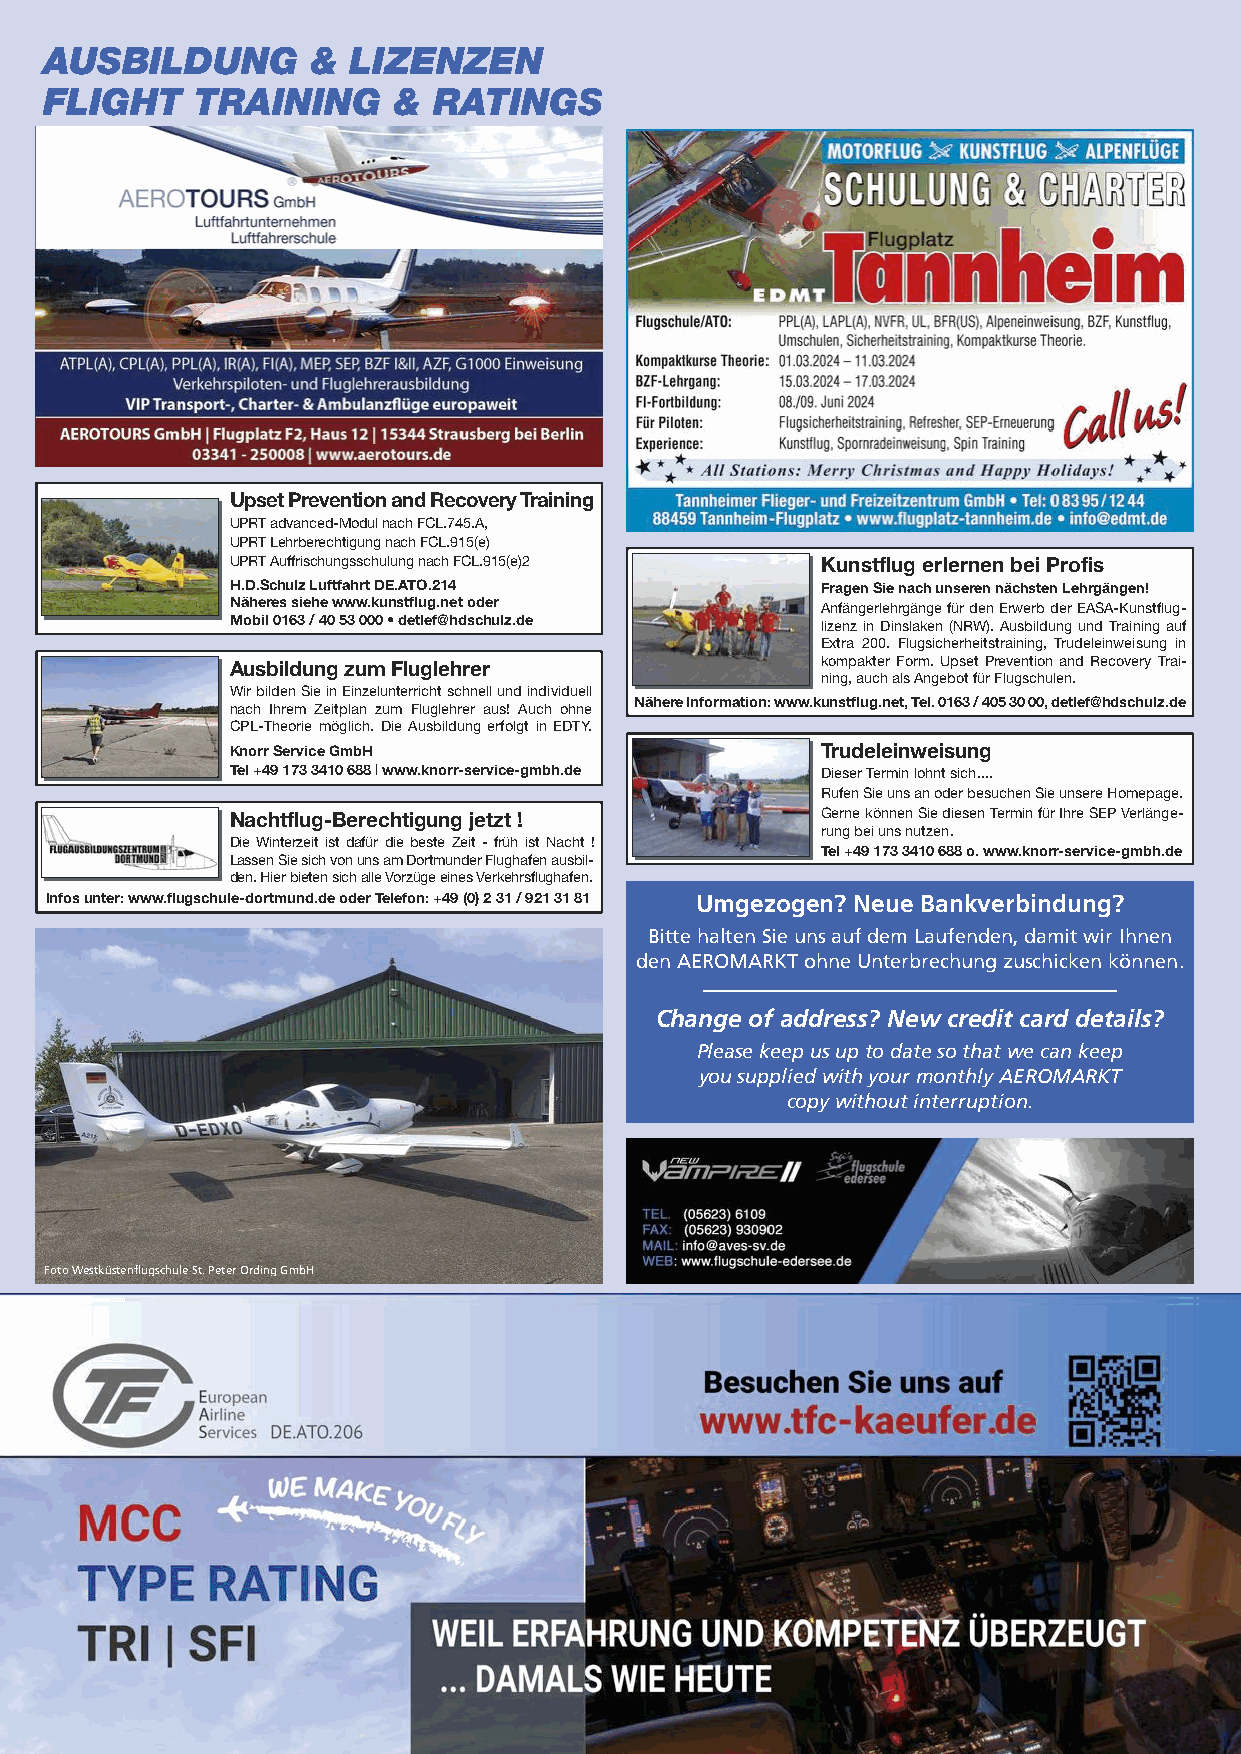
AUSBILDUNG        & LIZENZEN
 FLIGHT    TRAINING     &  RATINGS
 Upset Prevention and Recovery Training
 UPRT advanced-Modul nach FCL.745.A,
 UPRT Lehrberechtigung nach FCL.915(e)
 UPRT Auffrischungsschulung nach FCL.915(e)2 Kunstflug erlernen bei Profis
 H.D.Schulz Luftfahrt DE.ATO.214        Fragen Sie nach unseren nächsten Lehrgängen!
 Näheres siehe www.kunstflug.net oder   Anfängerlehrgänge für den Erwerb der EASA-Kunstflug-
 Mobil 0163 / 40 53 000 • detlef@hdschulz.de lizenz in Dinslaken (NRW). Ausbildung und Training auf
 Extra 200. Flugsicherheitstraining, Trudeleinweisung in
 Ausbildung zum Fluglehrer              kompakter Form. Upset Prevention and Recovery Trai-
 ning, auch als Angebot für Flugschulen.
 Wir bilden Sie in Einzelunterricht schnell und individuell
 Nähere Information: www.kunstflug.net, Tel. 0163 / 405 30 00, detlef@hdschulz.de
 nach Ihrem Zeitplan zum Fluglehrer aus! Auch ohne
 CPL-Theorie möglich. Die Ausbildung erfolgt in EDTY.
 Knorr Service GmbH                     Trudeleinweisung
 Tel +49 173 3410 688 | www.knorr-service-gmbh.de Dieser Termin lohnt sich....
 Rufen Sie uns an oder besuchen Sie unsere Homepage.
 Nachtflug-Berechtigung jetzt !         Gerne können Sie diesen Termin für Ihre SEP Verlänge-
 rung bei uns nutzen.
 Die Winterzeit ist dafür die beste Zeit - früh ist Nacht !
 Tel +49 173 3410 688 o. www.knorr-service-gmbh.de
 Lassen Sie sich von uns am Dortmunder Flughafen ausbil-
 den. Hier bieten sich alle Vorzüge eines Verkehrsflughafen.
 Infos unter: www.flugschule-dortmund.de oder Telefon: +49 (0) 2 31 / 921 31 81 Umgezogen? Neue Bankverbindung?
 Bitte halten Sie uns auf dem Laufenden, damit wir Ihnen
 den AEROMARKT ohne Unterbrechung zuschicken können.
 Change of address? New credit card details?
 Please keep us up to date so that we can keep
 you supplied with your monthly AEROMARKT
 copy without interruption.
 Foto Westküstenflugschule St. Peter Ording GmbH